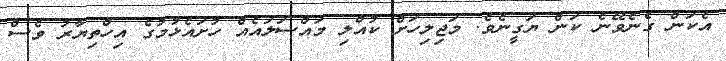
އެކަން ގެނެވޭނެ ކަން ޔަގީނެެވެ. މަޖިލިހަށް ކުއްލި މައްސަލައެއް ހުށައެޅުމުގެ އިހްތިޔާރު ވެސް